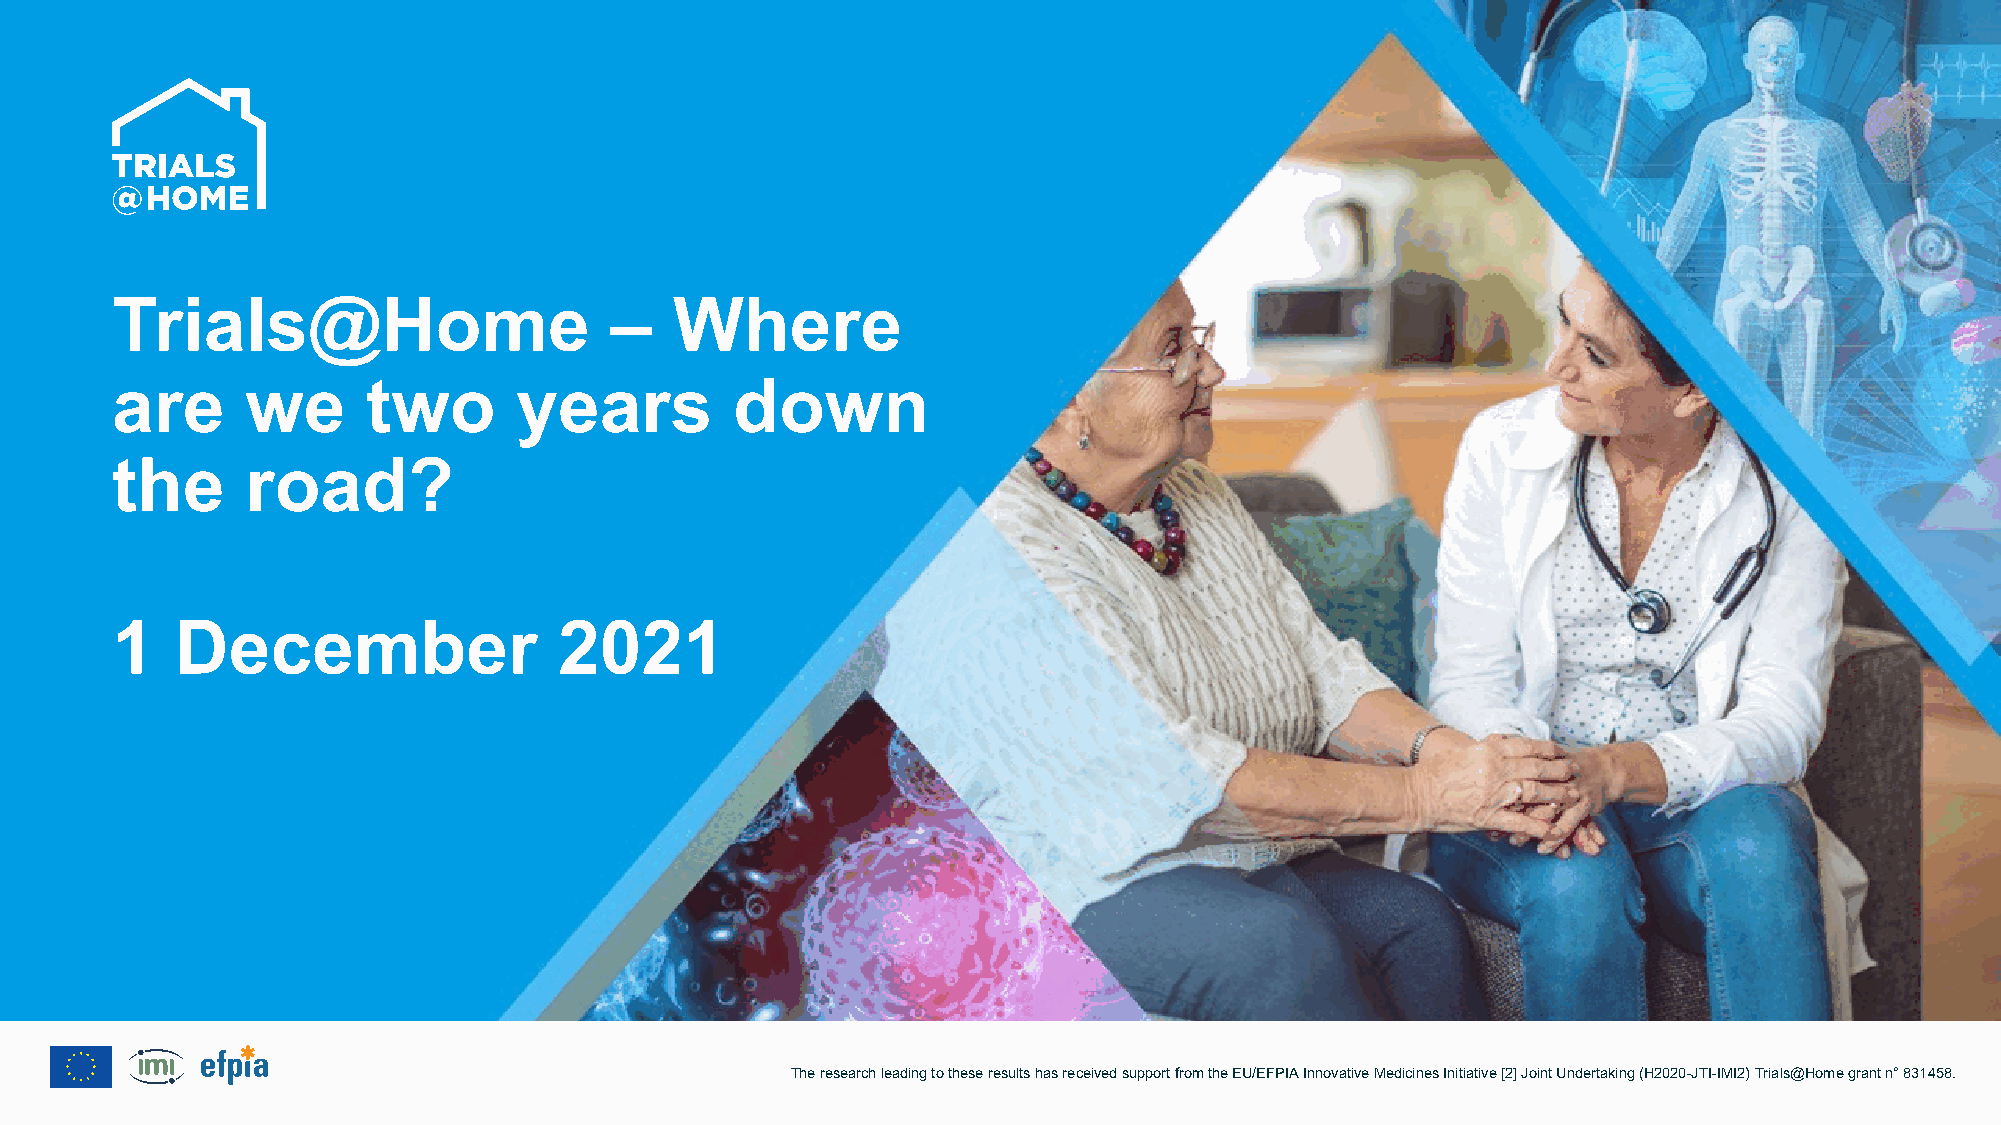
Trials@Home                      –    Where
 are      we      two       years          down
 the      road?
 1    December                 2021
 The research leading to these resultshas received support from the EU/EFPIA Innovative Medicines Initiative [2] Joint Undertaking (H2020-JTI-IMI2) Trials@Homegrant n°831458.